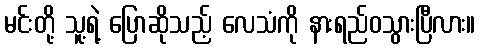
မင်းတို့ သူ့ရဲ့ ပြောဆိုသည့် လေသံကို နားရည်ဝသွားပြီလား။